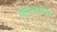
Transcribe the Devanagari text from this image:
फील्डच्या